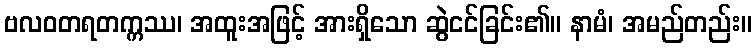
ဗလဝတရတက္ကဿ၊ အထူးအဖြင့် အားရှိသော ဆွဲငင်ခြင်း၏။ နာမံ၊ အမည်တည်း။